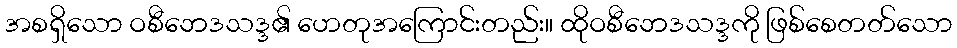
အစရှိသော ဝစီဘေဒသဒ္ဒ၏ ဟေတုအကြောင်းတည်း။ ထိုဝစီဘေဒသဒ္ဒကို ဖြစ်စေတတ်သော